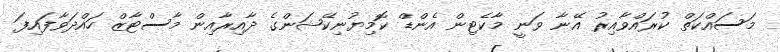
މަސައްކަތް ކުރައްވާއިރު އޭނާ ވަނީ މާކެޓިން އެންޑް ކޮމިޔުނިކޭޝަންގެ ދާއިރާއިން މާސްޓާޒް ހައްދަވާފައިފަ